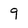
Character: 9